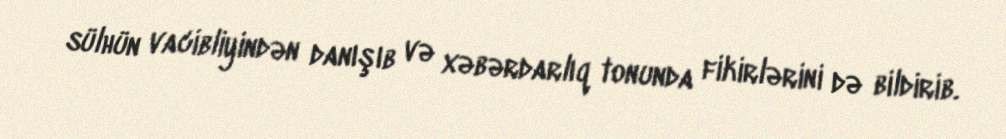
sülhün vacibliyindən danışıb və xəbərdarlıq tonunda fikirlərini də bildirib.